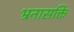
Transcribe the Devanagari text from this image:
भ्रनासक्ति